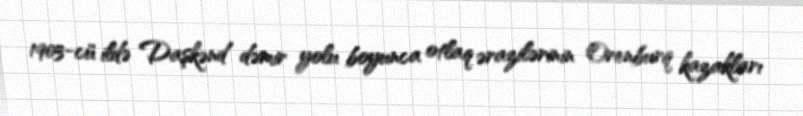
1903-cü ildə Daşkənd dəmir yolu boyunca otlaq ərazilərinin Orenburq kazakları